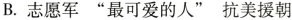
B.志愿军”最可爱的人”抗美援朝